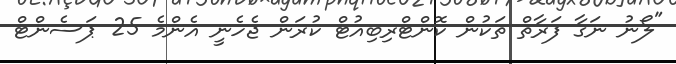
"ލޯނު ނަގާ ފަރާތް ތަކުން ކޮންޓްރިބިއުޓް ކުރަން ޖެހެނީ އެންމެ 25 ޕަސެންޓް